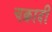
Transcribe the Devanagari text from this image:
चक्रादी